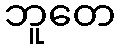
ဘူတေ